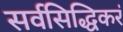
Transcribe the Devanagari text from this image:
सर्वसिद्धिकरं